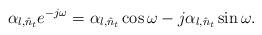
LaTeX: \begin{align*}\alpha_{l,{\hat{n}_t}} e^{-j\omega}=\alpha_{l,{\hat{n}_t}}\cos\omega-j\alpha_{l,{\hat{n}_t}}\sin\omega.\end{align*}